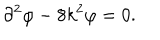
\partial ^ { 2 } \varphi - 8 k ^ { 2 } \varphi = 0 .